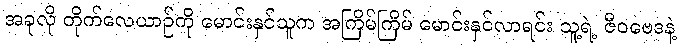
အခုလို တိုက်လေယာဉ်ကို မောင်းနှင်သူက အကြိမ်ကြိမ် မောင်းနှင်လာရင်း သူ့ရဲ့ ဇီဝဗေဒနဲ့